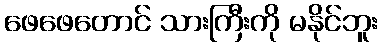
ဖေဖေတောင် သားကြီးကို မနိုင်ဘူး